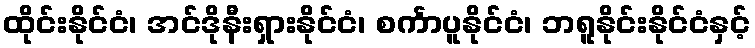
ထိုင်းနိုင်ငံ၊ အင်ဒိုနီးရှားနိုင်ငံ၊ စင်္ကာပူနိုင်ငံ၊ ဘရူနိုင်းနိုင်ငံနှင့်